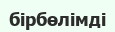
бірбөлімді